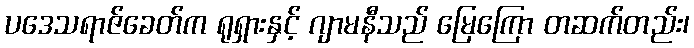
ပဒေသရာဇ်ခေတ်က ရုရှားနှင့် ဂျာမနီသည် မြေကြော တဆက်တည်း၊